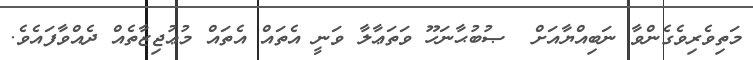
މަތިވެރިވެގެންވާ ނަބިއްޔާއަށް  ޞުބުޙާނަހޫ ވަތަޢާލާ ވަނީ އެތައް އެތައް މުޢުޖިޒާތެއް ދެއްވާފައެވެ.